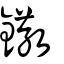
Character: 鏾